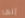
إنها